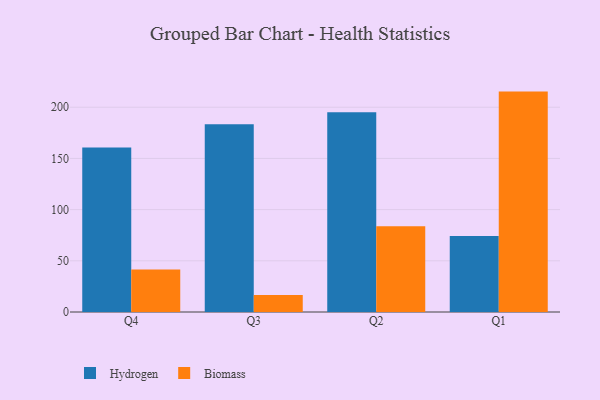
{"axis": {"x": "Quarter", "y": "Backlog"}, "legend": ["Biomass", "Hydrogen"], "data": [{"x": "Q4", "y": 160.7, "type": "Hydrogen"}, {"x": "Q4", "y": 41.6, "type": "Biomass"}, {"x": "Q3", "y": 183.3, "type": "Hydrogen"}, {"x": "Q3", "y": 16.7, "type": "Biomass"}, {"x": "Q2", "y": 195.1, "type": "Hydrogen"}, {"x": "Q2", "y": 83.8, "type": "Biomass"}, {"x": "Q1", "y": 74.2, "type": "Hydrogen"}, {"x": "Q1", "y": 215.3, "type": "Biomass"}]}